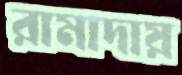
রামাদায়